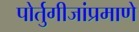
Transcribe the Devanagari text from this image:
पोर्तुगीजांप्रमाणे